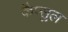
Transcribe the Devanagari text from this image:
कैप्सुल